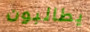
يطالبون